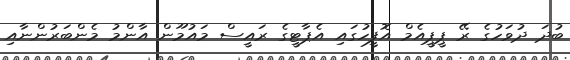
ބުދަ ދުވަހުގެ ރޭ ޕީޕީއެމް އޮފީހުގައި އެޕާޓީގެ ރައީސް މައުމޫން އާންމު މެންބަރުންނާއި